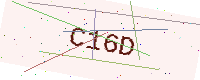
Text: C16D